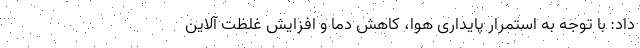
داد: با توجه به استمرار پایداری هوا، کاهش دما و افزایش غلظت آلاین